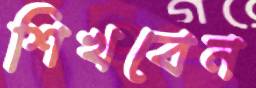
শিখবেন